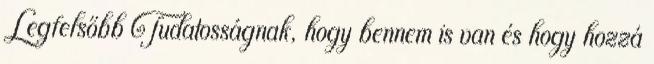
Legfelsőbb Tudatosságnak, hogy bennem is van és hogy hozzá